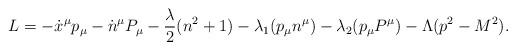
LaTeX: \begin{align*}L=-\dot x^{\mu}p_{\mu}-\dot n^{\mu}P_{\mu}-{{\lambda}\over 2}(n^2+1)-\lambda_1(p_\mu n^\mu)-\lambda_2(p_\mu P^\mu)-\Lambda (p^2-M^2).\end{align*}